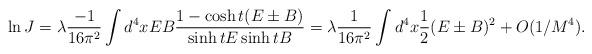
LaTeX: \begin{align*}\ln J = \lambda \frac{-1}{16\pi^{2}} \int d^{4}x E B \frac{1-\cosh t(E\pm B)}{\sinh t E \sinh t B} = \lambda \frac{1}{16\pi^2} \int d^4 x \frac{1}{2} (E\pm B)^2 + O(1/M^4).\end{align*}